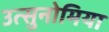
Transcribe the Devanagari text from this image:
उत्सुनोमिया